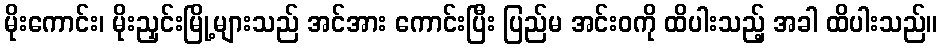
မိုးကောင်း၊ မိုးညှင်းမြို့များသည် အင်အား ကောင်းပြီး ပြည်မ အင်းဝကို ထိပါးသည့် အခါ ထိပါးသည်။